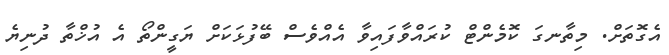
އެގޮތަށް. މިތާނގަ ކޮމެންޓް ކުރައްވާފައިވާ އެއްވެސް ބޭފުޅަކަށް ޔަގީންތޯ އެ އުޚްތާ ދުނިޔެ